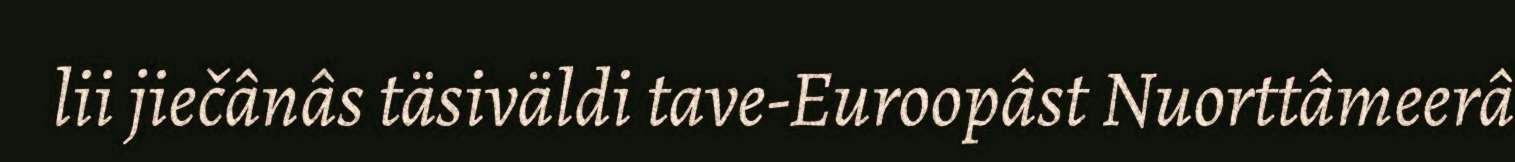
lii jiečânâs täsiväldi tave-Euroopâst Nuorttâmeerâ